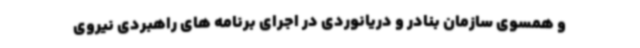
و همسوی سازمان بنادر و دریانوردی در اجرای برنامه های راهبردی نیروی